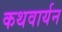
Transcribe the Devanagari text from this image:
कथवार्यन